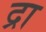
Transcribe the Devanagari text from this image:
द्रा